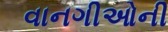
વાનગીઓની